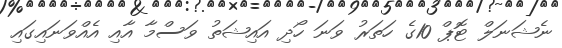
ނެޝަނަލް ޓޮޕް 10ގެ ހަތަރު ވަނަ ހޯދި އައިޝަތު ވަސްމާ އާއި އެއްވަނައިގައި